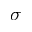
\sigma